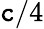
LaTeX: \mathtt{c}/4